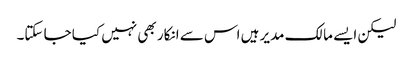
لیکن ایسے مالک مدیر ہیں اس سے انکار بھی نہیں کیا جا سکتا۔